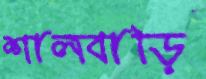
শালবাড়ি